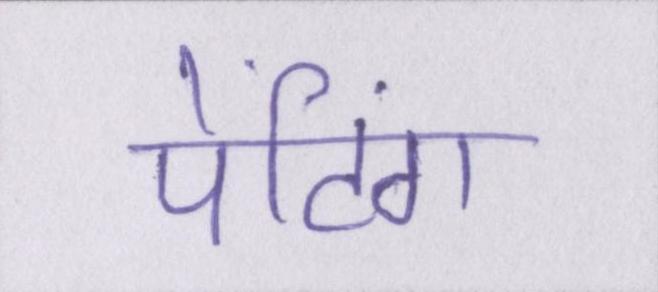
पेंटिंग